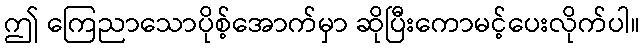
ဤ ကြေညာသောပိုစ့်အောက်မှာ ဆိုပြီးကောမင့်ပေးလိုက်ပါ။